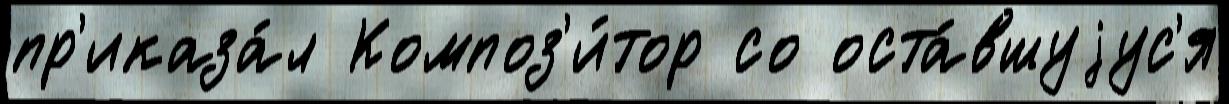
пр'иказа́л Композ'и́тор со оста́вшуjус'я